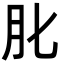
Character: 𦘪